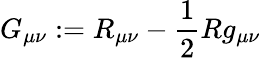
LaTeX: G_{\mu\nu}:=R_{\mu\nu}-\frac{1}{2}Rg_{\mu\nu}